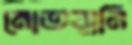
মোতয়ানি